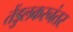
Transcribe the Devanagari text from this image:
तेंडुलकरनंतर